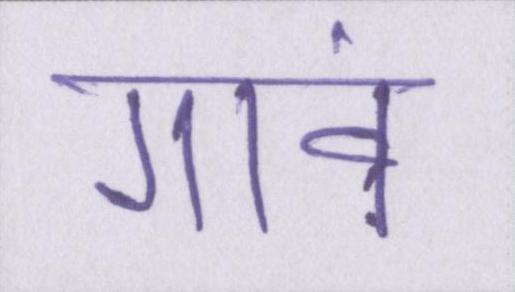
गावं